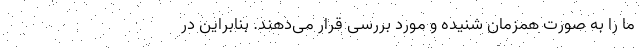
ما را به صورت همزمان شنیده و مورد بررسی قرار می‌دهند. بنابراین در